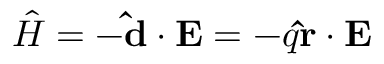
{ \hat { H } } = - \mathbf { \hat { d } } \cdot \mathbf { E } = - q \mathbf { \hat { r } } \cdot \mathbf { E }